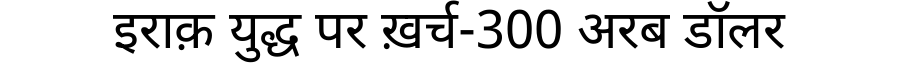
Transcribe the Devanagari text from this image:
इराक़ युद्ध पर ख़र्च-300 अरब डॉलर